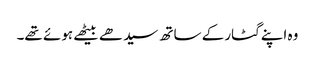
وہ اپنے گٹار کے ساتھ سیدھے بیٹھے ہوئے تھے۔